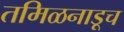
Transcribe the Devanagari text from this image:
तमिळनाडूच